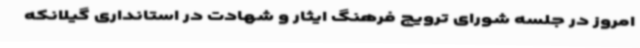
امروز در جلسه شورای ترویج فرهنگ ایثار و شهادت در استانداری گیلانکه